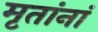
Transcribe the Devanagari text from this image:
मृतांनां